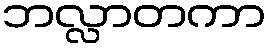
ဘလ္လာတကာ